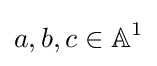
a,b,c\in \mathbb {A} ^{1}